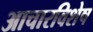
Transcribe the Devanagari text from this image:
आचारविशेष